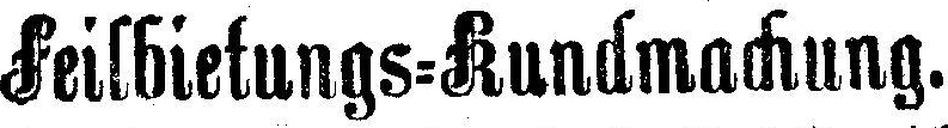
Feilbietungs=Rundmachung.